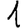
Digit: 1